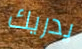
يدريك